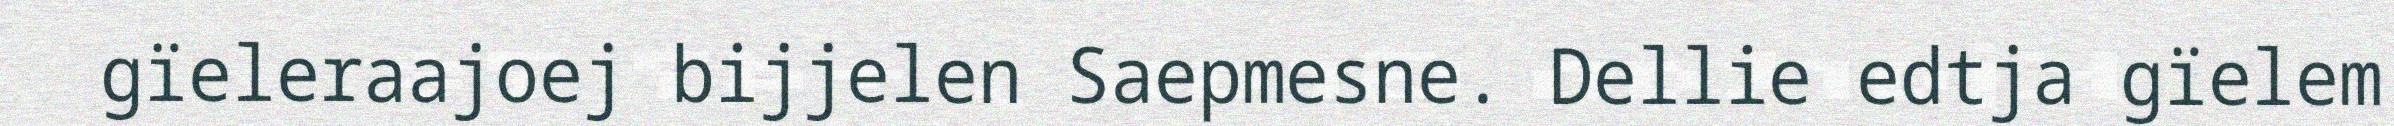
gïeleraajoej bijjelen Saepmesne. Dellie edtja gïelem